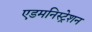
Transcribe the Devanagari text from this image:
एडमनिस्ट्रेशन